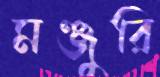
মঞ্জুরি